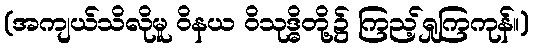
(အကျယ်သိလိုမူ ဝိနယ ဝိသုဒ္ဓိတို့၌ ကြည့်ရှုကြကုန်။)